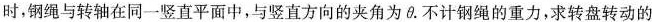
时，钢绳与转轴在同一竖直平面中，与竖直方向的夹角为θ.不计钢绳的重力，求转盘转动的